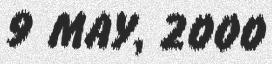
9 MAY, 2000